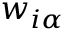
w _ { i \alpha }